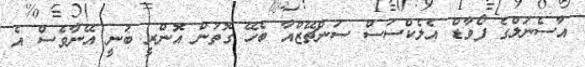
އާސެނަލްގެ ފޯވާޑް އެލެކްސަސް ސަންޗޭޒްއާ ބެހޭ ގޮތުން އޮންރީ ބުނީ އޭނާވެސް އެ